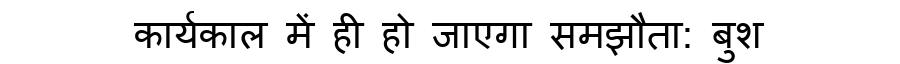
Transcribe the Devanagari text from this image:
कार्यकाल में ही हो जाएगा समझौता: बुश